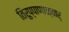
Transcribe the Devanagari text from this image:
तिरुप्पाणाळ्वार्